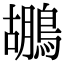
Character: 鶘